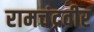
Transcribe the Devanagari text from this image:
रामचंद्रवीर